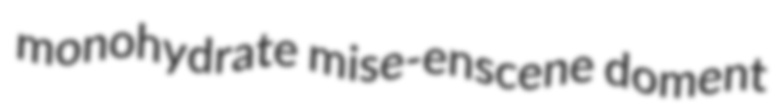
monohydrate mise-enscene doment